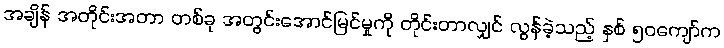
အချိန် အတိုင်းအတာ တစ်ခု အတွင်းအောင်မြင်မှုကို တိုင်းတာလျှင် လွန်ခဲ့သည့် နှစ် ၅၀ကျော်က